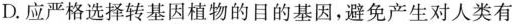
D.应严格选择转基因植物的目的基因，避免产生对人类有